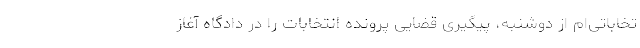
تخاباتی‌ام از دوشنبه، پیگیری قضایی پرونده انتخابات را در دادگاه آغاز